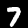
Digit: 7